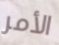
الأمر